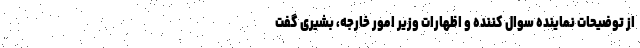
از توضیحات نماینده سوال کننده و اظهارات وزیر امور خارجه، بشیری گفت